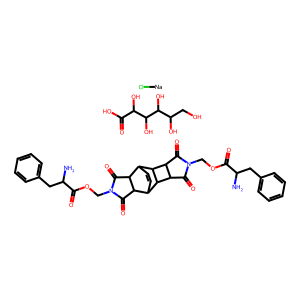
SMILES: NC(Cc1ccccc1)C(=O)OCN1C(=O)C2C3C=CC(C2C1=O)C1C2C(=O)N(COC(=O)C(N)Cc4ccccc4)C(=O)C2C31.O=C(O)C(O)C(O)C(O)C(O)CO.[Na]Cl
Inhibits HIV replication: No